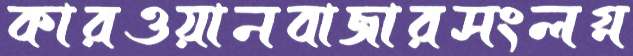
কারওয়ানবাজারসংলগ্ন